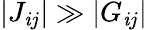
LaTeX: |J_{\mathit{i}j}|\gg|G_{\mathit{i}j}|